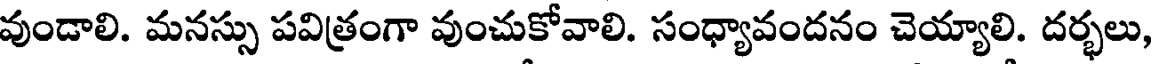
వుండాలి. మనస్సు పవిత్రంగా వుంచుకోవాలి. సంధ్యావందనం చెయ్యాలి. దర్భలు,